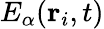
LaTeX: E_{\alpha}({\mathbf r}_{i},t)